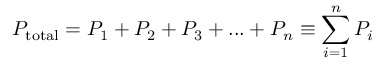
P _ { \mathrm { { t o t a l } } } = P _ { 1 } + P _ { 2 } + P _ { 3 } + . . . + P _ { n } \equiv \sum _ { i = 1 } ^ { n } P _ { i }